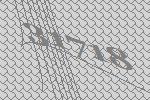
31718